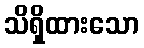
သိရှိထားသော